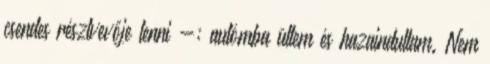
csendes résztvevője lenni -; autómba ültem és hazaindultam. Nem